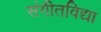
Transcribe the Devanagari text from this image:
संगीतविद्या